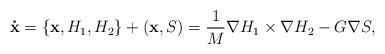
LaTeX: \begin{align*}\mathbf{\dot{x}}=\{\mathbf{x},H_{1},H_{2}\}+\left(\mathbf{x},S\right) =\frac{1}{M}\nabla H_{1}\times\nabla H_{2}-G\nabla S,\end{align*}